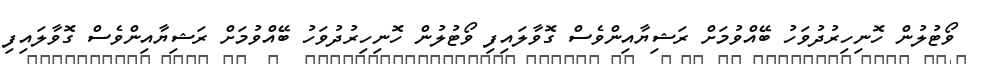
ވޯޓުލުން ހޮނިހިރުދުވަހު ބޭއްވުމަށް ރަޝިޔާއިންވެސް ގޮވާލައިފި ވޯޓުލުން ހޮނިހިރުދުވަހު ބޭއްވުމަށް ރަޝިޔާއިންވެސް ގޮވާލައިފި